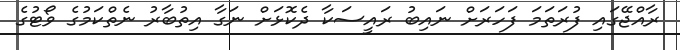
ރާއްޖޭގައި ފުރަތަމަ ފަހަރަށް ނައިބު ރައީސަކާ ދެކޮޅަށް ނަގާ އިތުބާރު ނެތްކަމުގެ ވޯޓުގެ